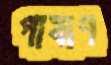
পাষাণ